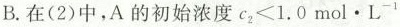
B.在(2)中，A的初始浓度$$c _ { 2 } < 1 . 0 m o l · L ^ { - 1 }$$